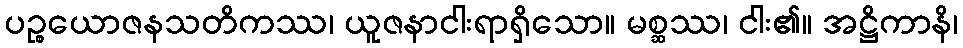
ပဉ္စယောဇနသတိကဿ၊ ယူဇနာငါးရာရှိသော။ မစ္ဆဿ၊ ငါး၏။ အဋ္ဌိကာနိ၊